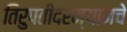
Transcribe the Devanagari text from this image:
तिरुपतीदरम्यानचे